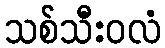
သစ်သီးဝလံ